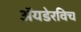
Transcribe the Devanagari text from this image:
ॲयडेरविच